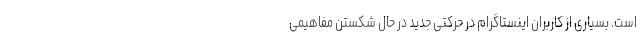
است. بسیاری از کاربران اینستاگرام در حرکتی جدید در حال شکستن مفاهیمی